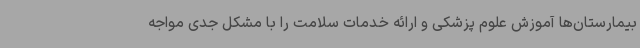
بیمارستان‌ها آموزش علوم پزشکی و ارائه خدمات سلامت را با مشکل جدی مواجه